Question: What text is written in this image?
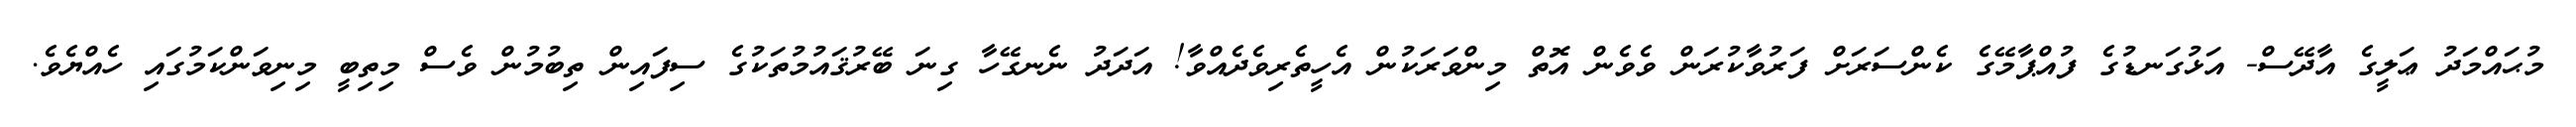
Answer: މުޙައްމަދު ޢަލީގެ އާދޭސް- އަޅުގަނޑުގެ ފުއްޕާމޭގެ ކެންސަރަށް ފަރުވާކުރަން ވެވެން އޮތް މިންވަރަކުން އެހީތެރިވެދެއްވާ! އަދަދު ނެނގޭހާ ގިނަ ބޭރުޤައުމުތަކުގެ ސިފައިން ތިބުމުން ވެސް މިތިބީ މިނިވަންކަމުގައި ހެއްޔެވެ.